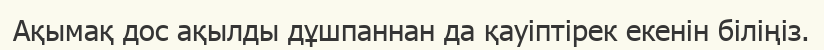
Ақымақ дос ақылды дұшпаннан да қауіптірек екенін біліңіз.